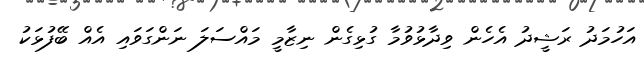
އަހުމަދު ރަޝީދު އެހެން ވިދާޅުވުމާ ގުޅިގެން ނިޒާމީ މައްސަލަ ނަންގަވައި އެއް ބޭފުޅަކު